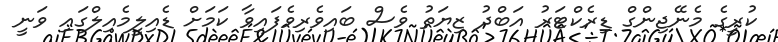
ކުރީގެ މެނޭޖިންގް ޑިރެކްޓަރު އަބްދު ޒިޔަތު ވެސް ބައިވެރިވެފައިވާ ކަމަށް ޑެއިލީމެއިލްގައި ވަނީ